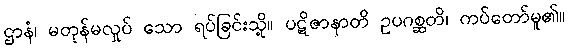
ဌာနံ၊ မတုန်မလှုပ် သော ရပ်ခြင်းသို့။ ပဋိဇာနာတိ ဥပဂစ္ဆတိ၊ ကပ်တော်မူ၏။